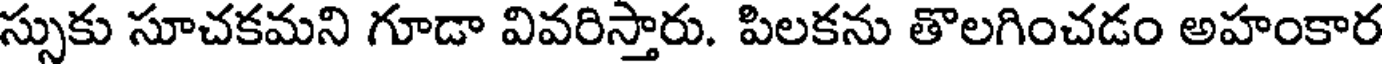
స్సుకు సూచకమని గూడా వివరిస్తారు. పిలకను తొలగించడం అహంకార